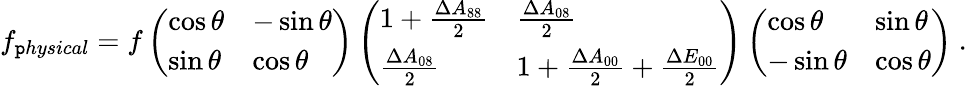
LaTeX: f_{\mathtt{p}hysical}=f\left(\begin{array}{ll}{{\cos\theta}}&{{-\sin\theta}}\\ {{\sin\theta}}&{{\cos\theta}}\end{array}\right)\left(\begin{array}{ll}{{1+{\frac{\Delta A_{88}}{2}}}}&{{{\frac{\Delta A_{08}}{2}}}}\\ {{{\frac{\Delta A_{08}}{2}}}}&{{1+{\frac{\Delta A_{00}}{2}}+{\frac{\Delta E_{00}}{2}}}}\end{array}\right)\left(\begin{array}{ll}{{\cos\theta}}&{{\sin\theta}}\\ {{-\sin\theta}}&{{\cos\theta}}\end{array}\right)\ .